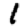
Digit: 1